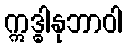
ဣဒ္ဓါနုဘာဝါ